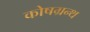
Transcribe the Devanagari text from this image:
कोषग्रन्थ